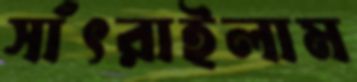
সাঁৎরাইলাম